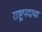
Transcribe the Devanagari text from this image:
राष्ट्रपदाचा